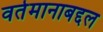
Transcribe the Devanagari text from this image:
वर्तमानाबद्दल